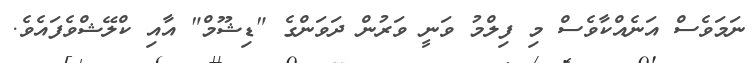
ނަމަވެސް އަނެއްކާވެސް މި ފިލްމު ވަނީ ވަރުން ދަވަންގެ "ޑިޝޫމް" އާއި ކްލޭޝްވެފައެވެ.